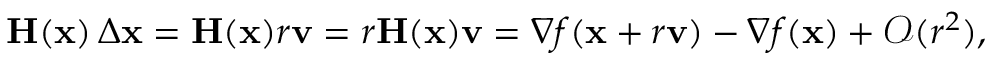
\mathbf { H } ( \mathbf { x } ) \, \Delta \mathbf { x } = \mathbf { H } ( \mathbf { x } ) r \mathbf { v } = r \mathbf { H } ( \mathbf { x } ) \mathbf { v } = \nabla f ( \mathbf { x } + r \mathbf { v } ) - \nabla f ( \mathbf { x } ) + { \mathcal { O } } ( r ^ { 2 } ) ,